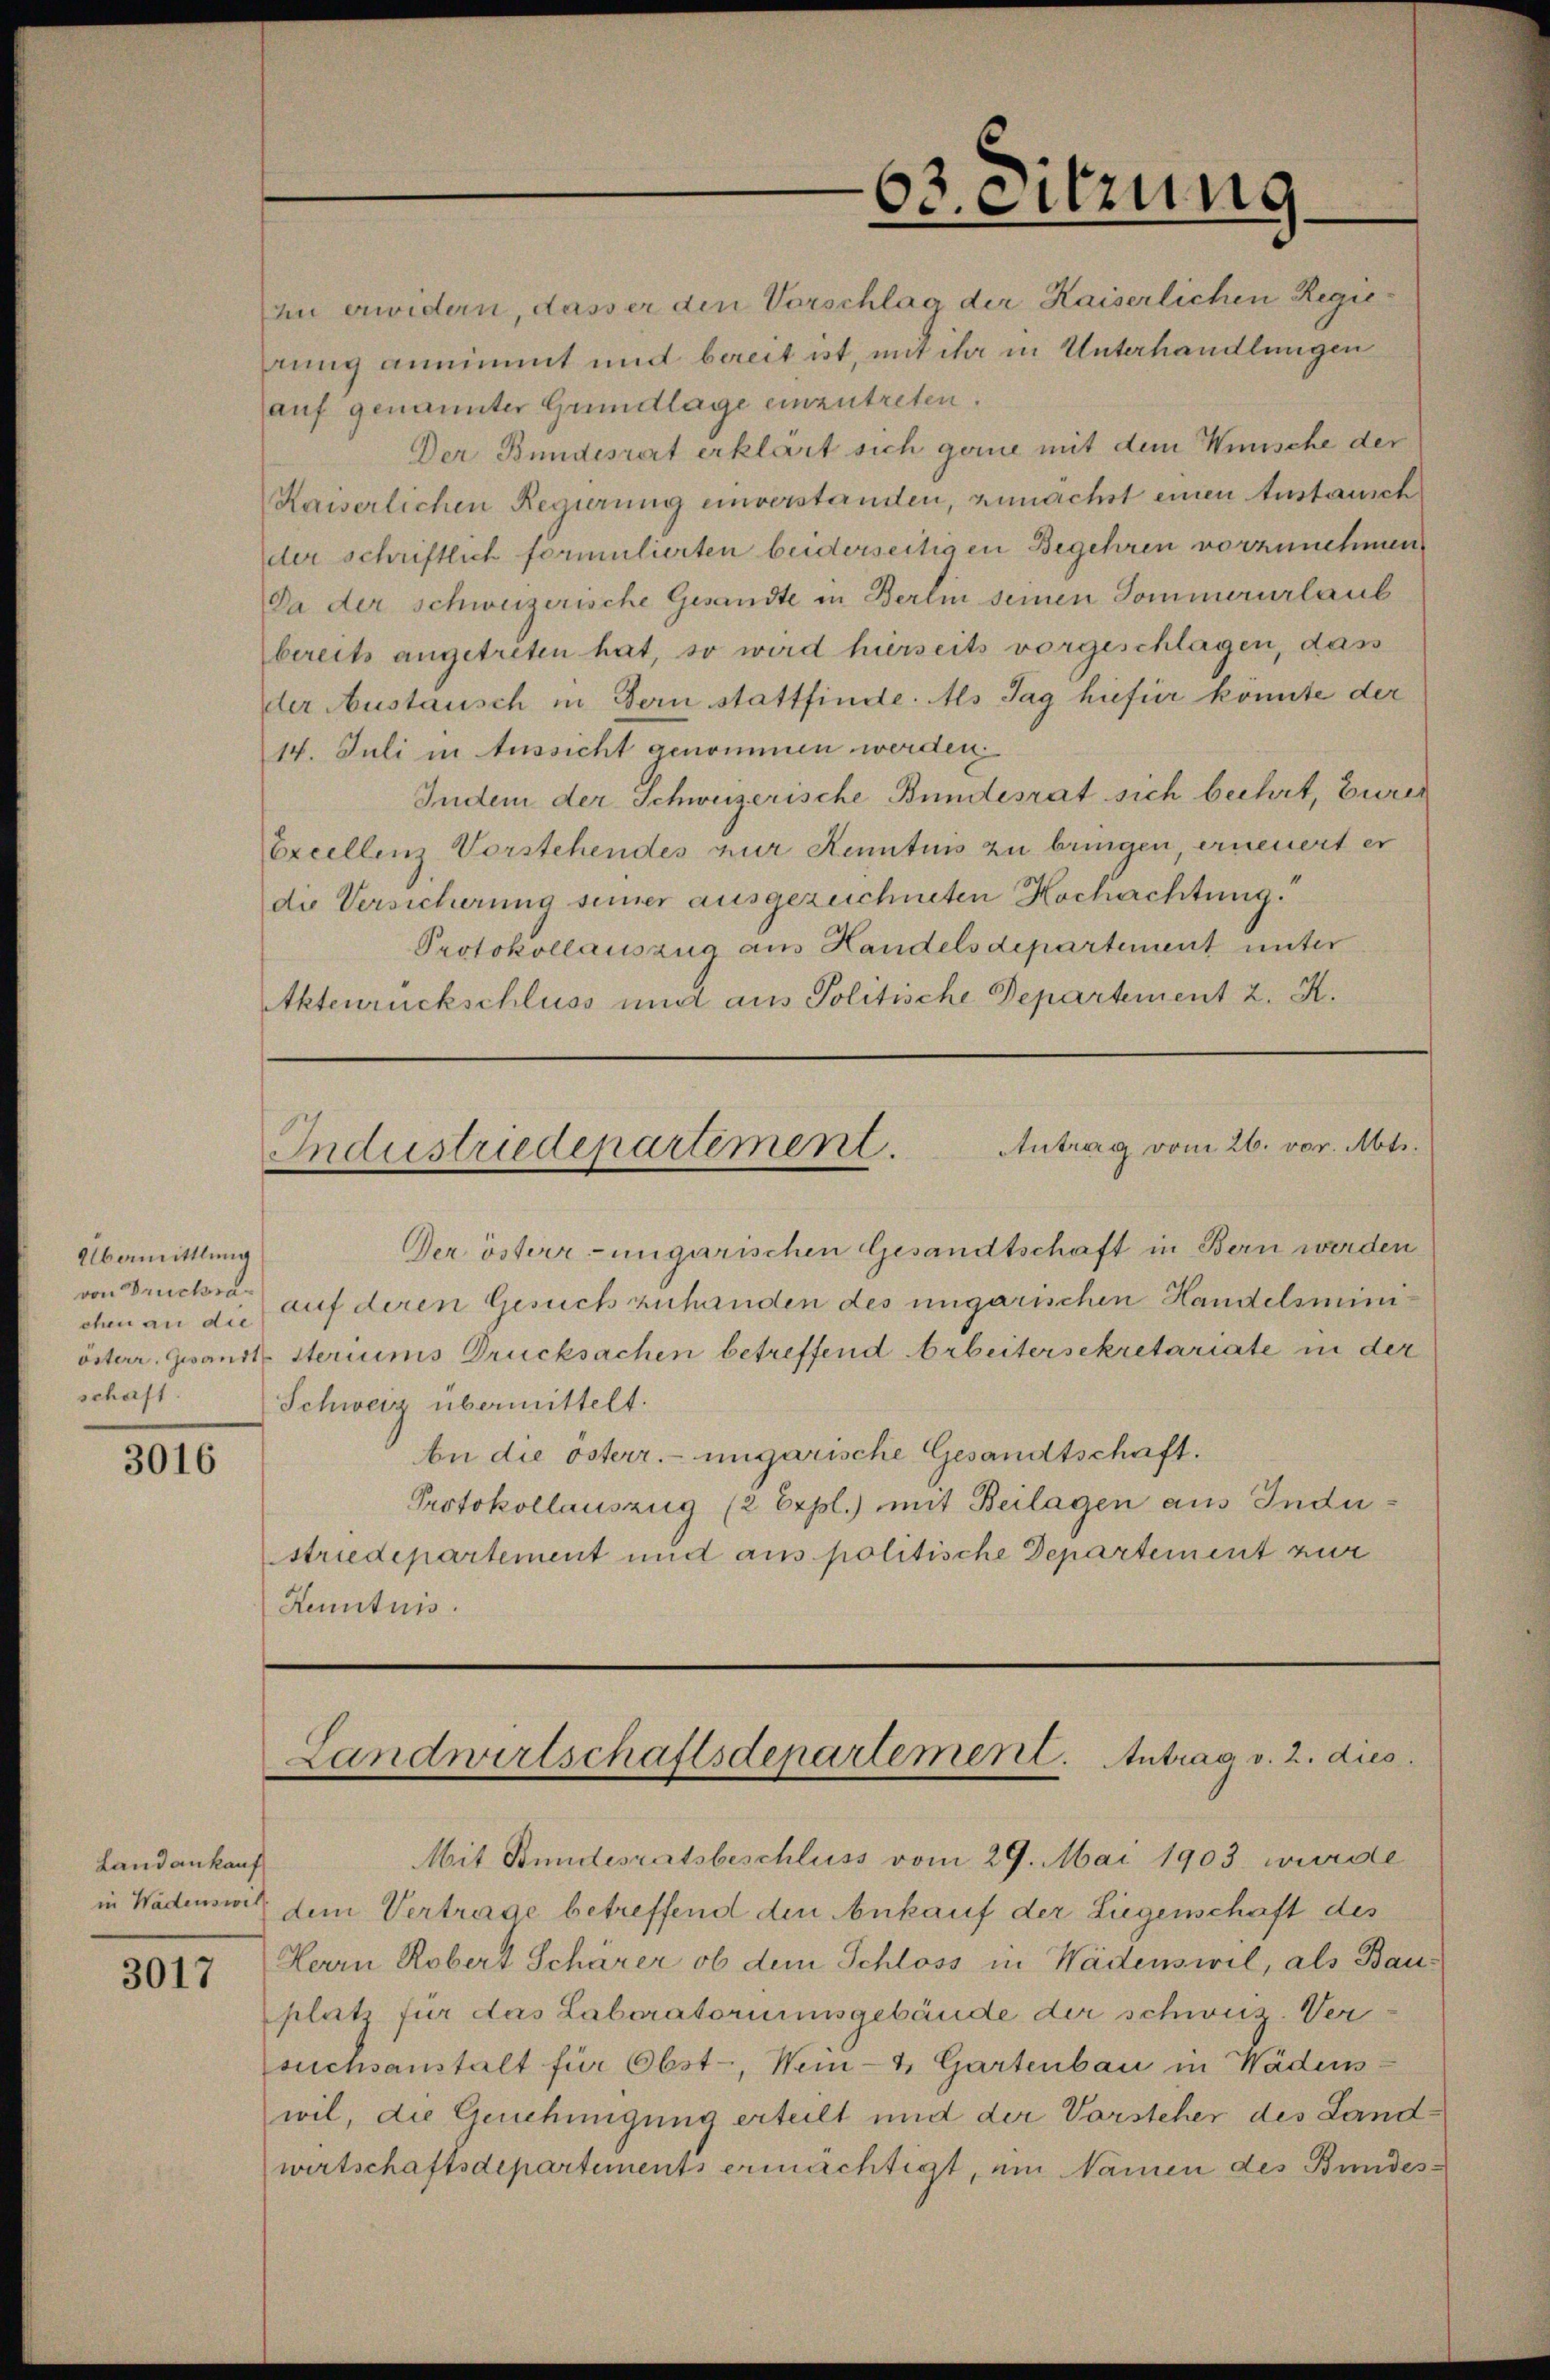
Übermittlung
von Drucksachen an die
österr. Gesandt
schaft

3016

Landankauf

3017

Antrag vom 26. vor. Mts.
Industriedepartement.

zu erwidern, dasser den Vorschlag der Kaiserlichen Regierung annimmt und bereit ist, mit ihr in Unterhandlungen
auf genannter Grundlage einzutreten.
Der Bundesrat erklärt sich gerne mit dem Wunsche der
Kaiserlichen Regierung einverstanden, zunächst einen Anstausch
der schriftlich formulierten beiderseitigen Begehren vorzunehmen
Da der schweizerische Gesandte in Berlin seinen Sommerurlaub
bereits angetreten hat, so wird hierseits vorgeschlagen, dass
der Austausch in Bern stattfinde. Als Tag hiefür könnte der
14. Juli in Aussicht genommen werden.
Indem der Schweizerische Bundesrat sich beehrt, Eurer
Excellenz Vorstehendes zur Kenntnis zu bringen, erneuert er
die Versicherung seiner ausgezeichneten Hochachtung.
Protokollauszug aus Handelsdepartement unter
Aktenrückschluss und aus Politische Departement z. K.

63. eitzung

Derösterr-ungarischen Gesandtschaft in Bern werden
auf deren Gesuch zuhanden des ungarischen Handelsministeriums Drucksachen betreffend Arbeitersekretariate in der
Schweiz übermittelt.
An die österr. ungarische Gesandtschaft.
Protokollauszug (2 Erpl.) mit Beilagen aus Industriedepartement mit aus politische Departement zur
Kenntnis.

Landwirtschaftsdepartement. Antrag v. 2. dies
Mit Bundesratsbeschluss vom 29. Mai 1903 wurde

in Wadenswert dem Vertrage betreffend den Ankauf der Liegenschaft des
Herrn Robert Schärer ob dem Schloss in Wädenswil, als Bauplatz für das Laboratoriumsgebäude der schweiz. Ver
suchsanstalt für Obst-, Wein-4, Gartenbau in Wädens-
wil, die Genehmigung erteilt und der Vorsteher des Landwirtschaftsdepartements ermächtigt, ein Namen des Bundes¬